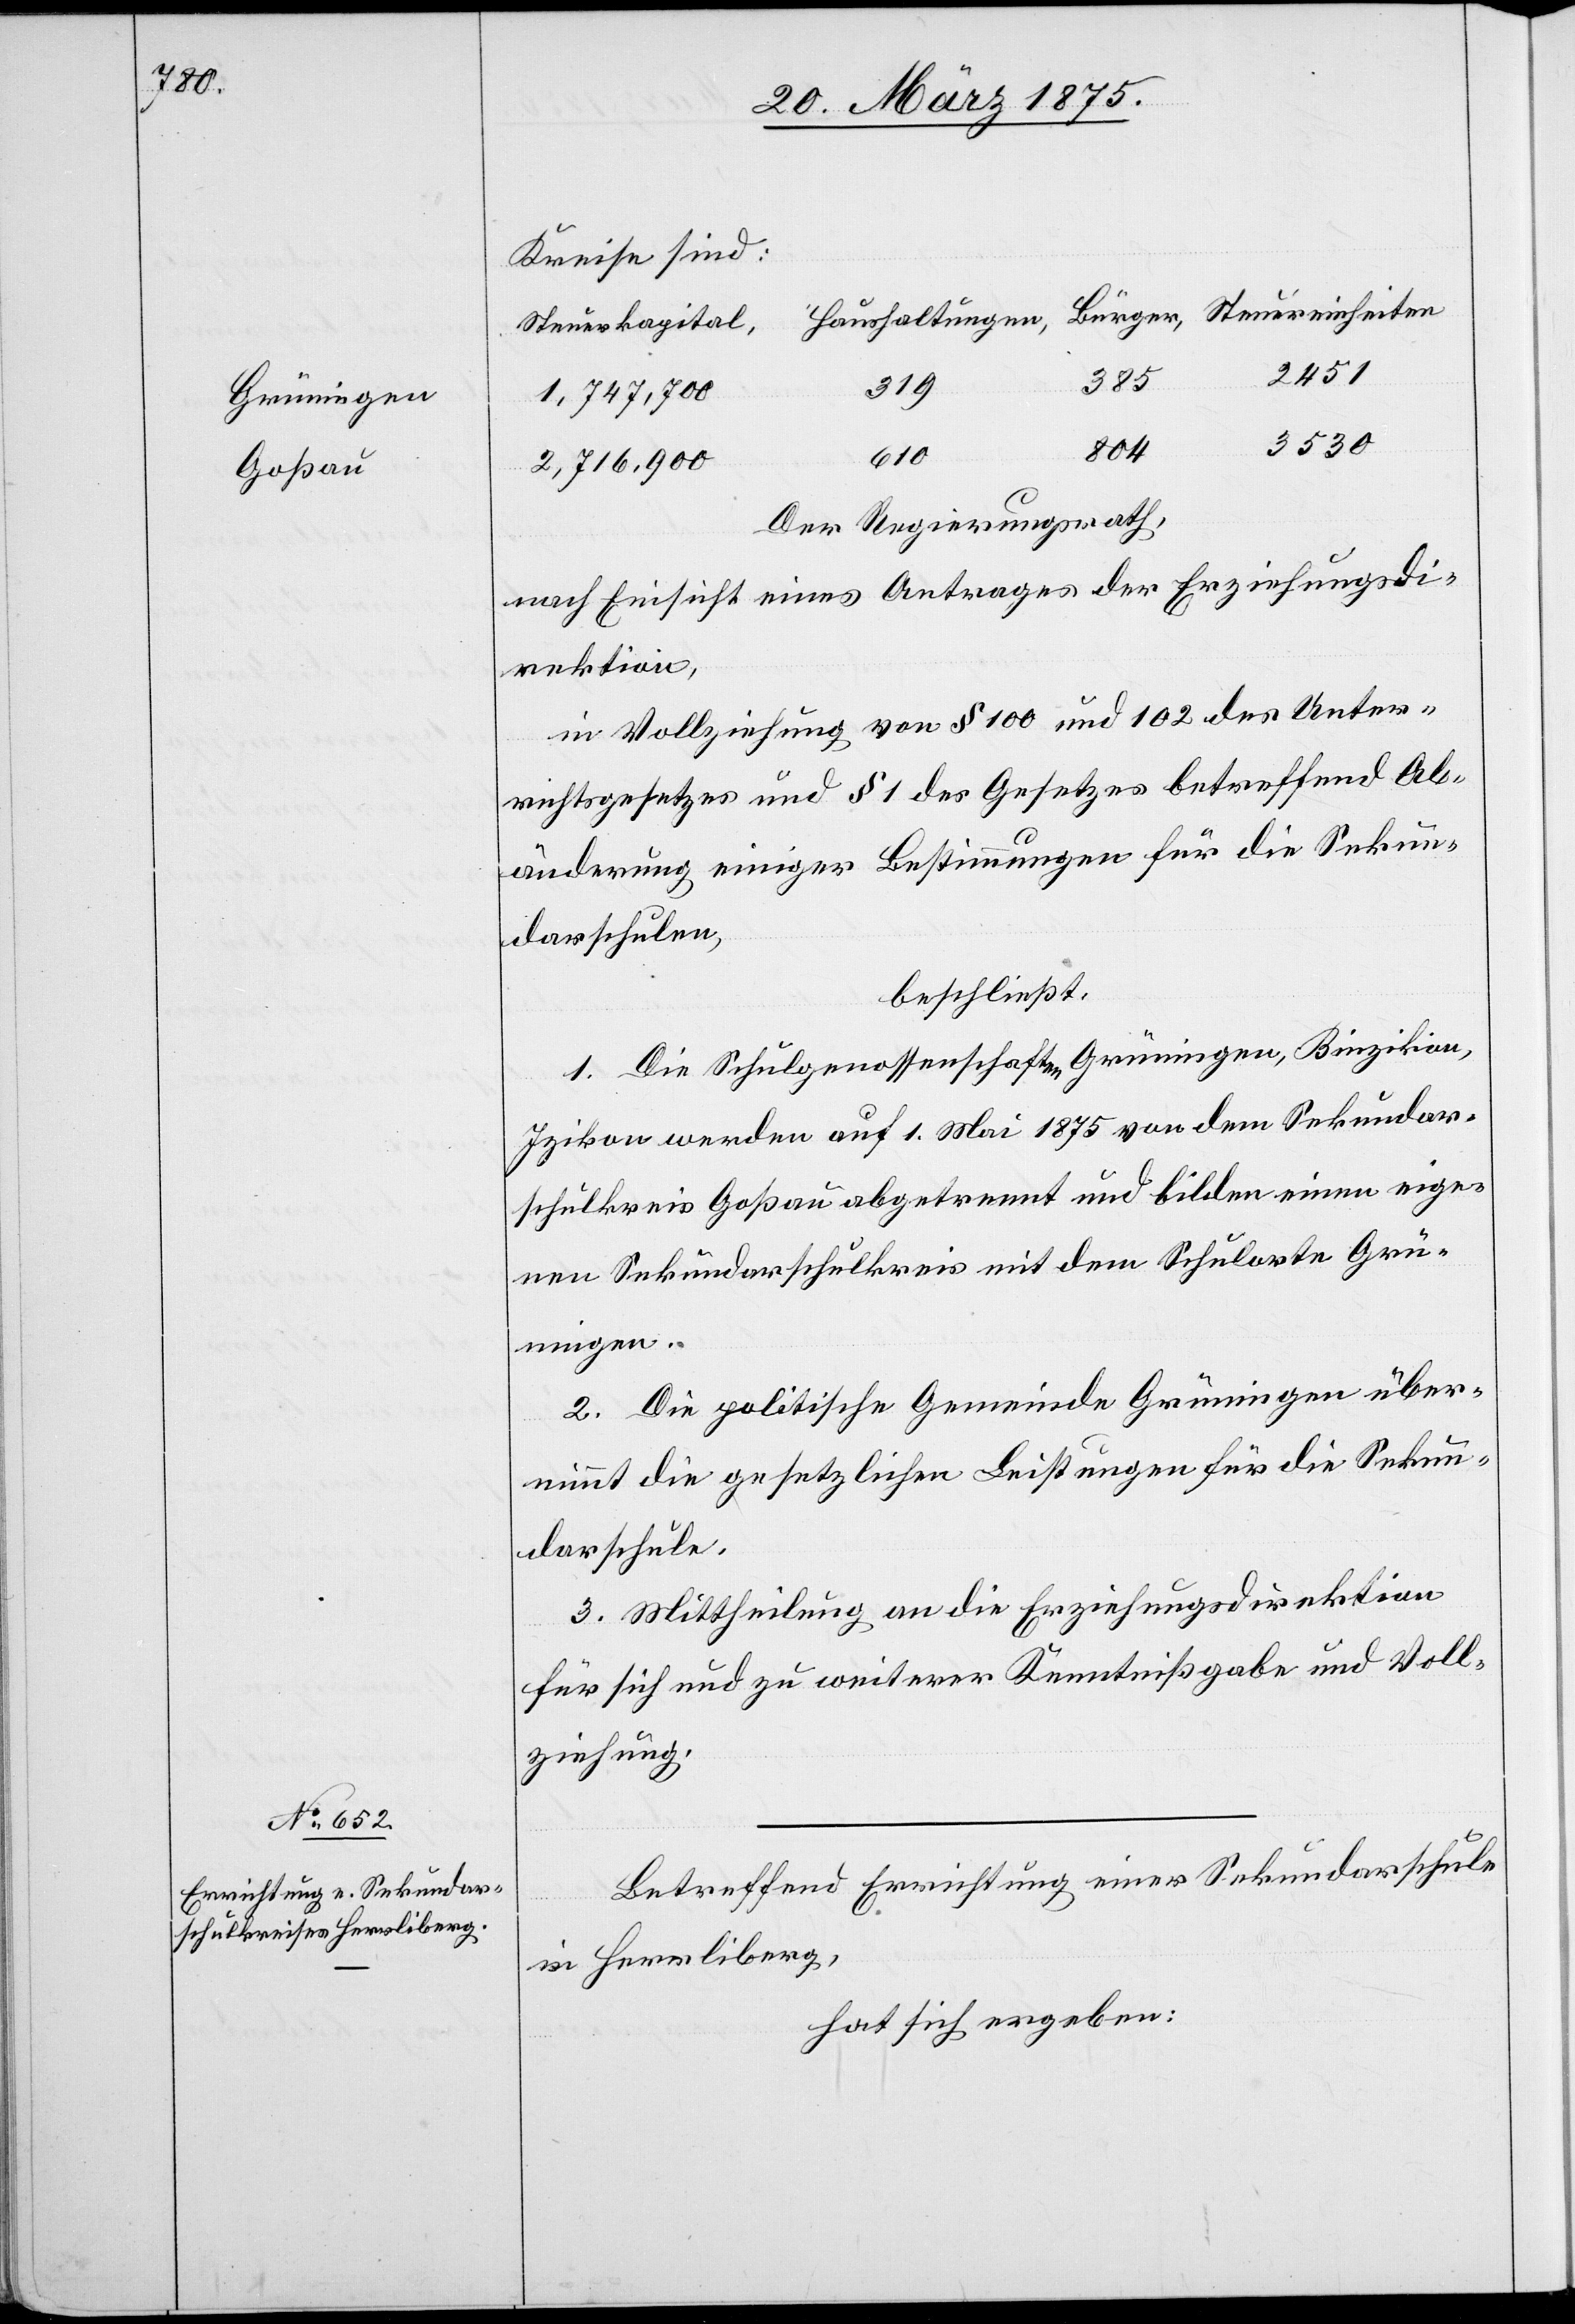
Grüningen

Kreise sind:
Steuerkapital,
2451
385
319
3530
804
610
2,716,900
Der Regierungsrath,
nach Einsicht eines Antrages der Erziehungsdi¬
rektion,
in Vollziehung von § 100 und 102 des Unter¬
richtsgesetzes und § 1 des Gesetzes betreffend Ab¬
änderung einiger Bestimmungen für die Sekun¬
darschulen,
beschließt:
1. Die Schulgenossenschaften Grüningen, Binzikon,
Izikon werden auf den 1. Mai 1875 von dem Sekundar¬
schulkreis Goßau abgetrennt und bilden einen eige¬
nen Sekundarschulkreis mit dem Schulorte Grü¬
ningen.
2. Die politische Gemeinde Grüningen über¬
nimmt die gesetzlichen Leistungen für die Sekun¬
darschule.
3. Mittheilung an die Erziehungsdirektion
für sich und zu weiterer Kenntnißgabe und Voll¬
ziehung.
Betreffend Errichtung einer Sekundarschule
in Herrliberg,
hat sich ergeben: